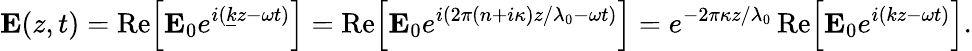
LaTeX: \mathbf{E}(z,t)=\operatorname{Re}\! \left[\mathbf{E}_{0}e^{i({\underline{{k}}}z-\omega t)}\right]=\operatorname{Re}\! \left[\mathbf{E}_{0}e^{i(2\pi(n+i\kappa)z/\lambda_{0}-\omega t)}\right]=e^{-2\pi\kappa z/\lambda_{0}}\operatorname{Re}\! \left[\mathbf{E}_{0}e^{i(kz-\omega t)}\right].